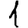
Digit: 1